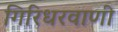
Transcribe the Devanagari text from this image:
गिरिधरवाणी